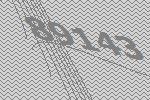
89143